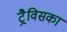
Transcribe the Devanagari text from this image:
ट्रैविसका